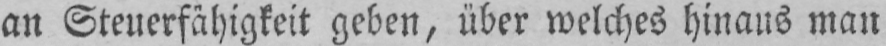
an Steuerfähigkeit geben, über welches hinaus man